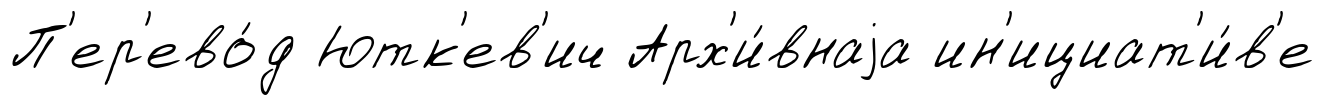
П'ер'ево́д Ютк'ев'ич Арх'и́внаjа ин'ициат'и́в'е